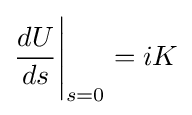
{\frac {dU}{ds}}{\Bigg |}_{s=0}=iK